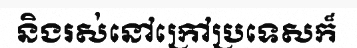
និងរស់នៅក្រៅប្រទេសក៏